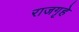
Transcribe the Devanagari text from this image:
राजगृहे